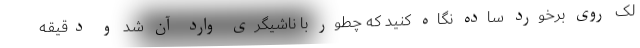
لک روی برخورد ساده نگاه کنید که چطور با ناشیگری وارد آن شد و دقیقه